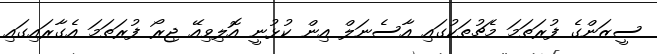
ސީޒަންގެ ފުރަތަމަ މެޗުތަކުގައި އާސެނަލް އިން ކުޅުނީ އޮލިވިއޭ ޖިރޯ ފުރަތަމަ އެގާރައިގައި